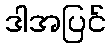
ဒါအပြင်